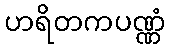
ဟရိတကပဏ္ဏံ